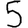
Digit: 5